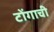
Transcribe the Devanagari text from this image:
टोंगाची